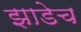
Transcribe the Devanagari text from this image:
झाडेच